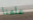
علمنا